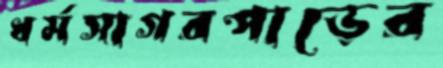
ধর্মসাগরপাড়ের